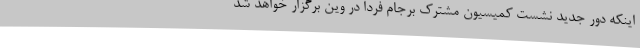
اینکه دور جدید نشست کمیسیون مشترک برجام فردا در وین برگزار خواهد شد